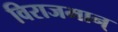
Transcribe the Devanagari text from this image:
विराजमान्‌